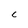
Character: C